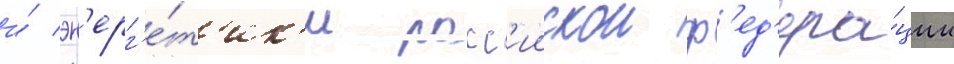
и́ эн'ерг'е́т'ик'и росс'иискои ф'ед'ера́ции